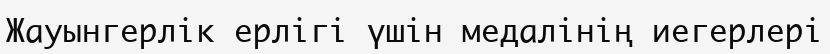
Жауынгерлік ерлігі үшін медалінің иегерлері